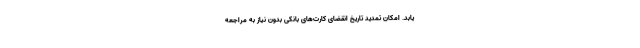
یابد. امکان تمدید تاریخ انقضای کارت‌های بانکی بدون نیاز به مراجعه